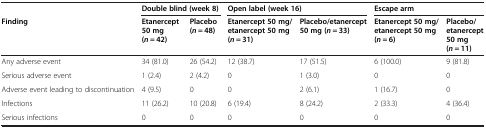
<table><thead><tr><td></td><td colspan="2"><b>Double blind (week 8)</b></td><td colspan="2"><b>Open label (week 16)</b></td><td colspan="2"><b>Escape arm</b></td></tr><tr><td><b>Finding</b></td><td><b>Etanercept 50 mg(<i>n</i> = 42)</b></td><td><b>Placebo(<i>n</i> = 48)</b></td><td><b>Etanercept 50 mg/etanercept 50 mg(<i>n</i> = 31)</b></td><td><b>Placebo/etanercept 50 mg(<i>n</i> = 33)</b></td><td><b>Etanercept 50 mg/etanercept 50 mg(<i>n</i> = 6)</b></td><td><b>Placebo/etanercept 50 mg(<i>n</i> = 11)</b></td></tr></thead><tbody><tr><td>Any adverse event</td><td>34 (81.0)</td><td>26 (54.2)</td><td>12 (38.7)</td><td>17 (51.5)</td><td>6 (100.0)</td><td>9 (81.8)</td></tr><tr><td>Serious adverse event</td><td>1 (2.4)</td><td>2 (4.2)</td><td>0</td><td>1 (3.0)</td><td>0</td><td>0</td></tr><tr><td>Adverse event leading to discontinuation</td><td>4 (9.5)</td><td>0</td><td>0</td><td>2 (6.1)</td><td>1 (16.7)</td><td>0</td></tr><tr><td>Infections</td><td>11 (26.2)</td><td>10 (20.8)</td><td>6 (19.4)</td><td>8 (24.2)</td><td>2 (33.3)</td><td>4 (36.4)</td></tr><tr><td>Serious infections</td><td>0</td><td>0</td><td>0</td><td>0</td><td>0</td><td>0</td></tr></tbody></table>